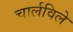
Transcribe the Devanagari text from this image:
चार्लविले